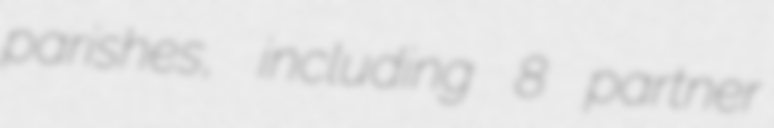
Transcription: parishes, including 8 partner